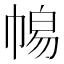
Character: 𭘫